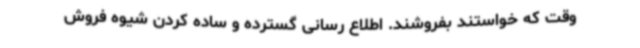
وقت که خواستند بفروشند. اطلاع رسانی گسترده‌ و ساده کردن شیوه فروش